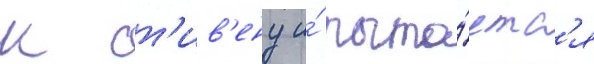
к ст'ив'ену и́ пыта́етс'я